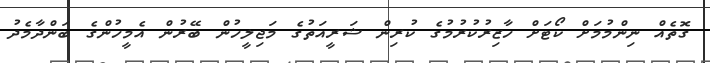
ގޮތެއް ނިންމުމަށް ކޯޓަށް ހާޒިރުކުރުމުގެ ކުރިން ޝަރީއަތުގެ މަޖިލީހުން ބޭރުން އެމީހުންގެ ބަންދާމެދު